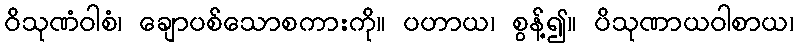
ဝိသုဏံဝါစံ၊ ချောပစ်သောစကားကို။ ပဟာယ၊ စွန့်၍။ ပိသုဏာယဝါစာယ၊